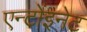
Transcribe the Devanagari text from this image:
एन्टोंइनेट